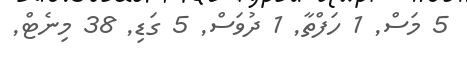
5 މަސް